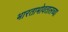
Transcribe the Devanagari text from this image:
भारताभोवतालच्या